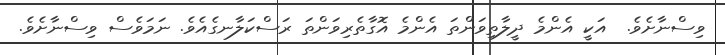
ވިސްނާށެވެ.  އަކީ އެންމެ ދީލާތިވަންތަ އެންމެ އޮގާތެރިވަންތަ ރަސްކަލާނގެއެވެ. ނަމަވެސް ވިސްނާށެވެ.